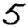
Digit: 5